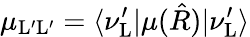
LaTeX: \mu_{\mathrm{L}^{\prime}\mathrm{L}^{\prime}}=\langle\nu_{\mathrm{L}}^{\prime}|\mu(\hat{R})|\nu_{\mathrm{L}}^{\prime}\rangle